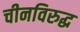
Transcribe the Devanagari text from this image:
चीनविरुद्ध